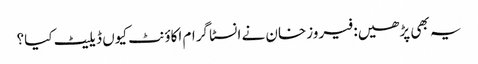
یہ بھی پڑھیں: فیروزخان نے انسٹا گرام اکاؤنٹ کیوں ڈیلیٹ کیا؟